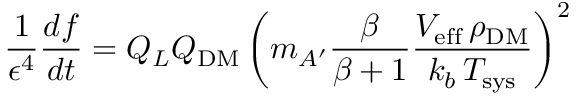
\frac { 1 } { \epsilon ^ { 4 } } \frac { d f } { d t } = Q _ { L } Q _ { \mathrm { D M } } \left( m _ { A ^ { \prime } } \frac { \beta } { \beta + 1 } \frac { V _ { \mathrm { e f f } } \, \rho _ { \mathrm { D M } } } { k _ { b } \, T _ { \mathrm { s y s } } } \right) ^ { 2 }